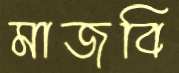
মাজবি